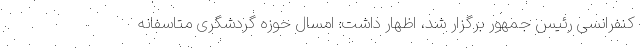
کنفرانسی رئیس جمهور برگزار شد، اظهار داشت: امسال حوزه گردشگری متاسفانه